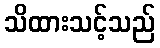
သိထားသင့်သည်